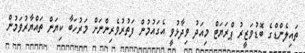
ތައިލެންޑްގެ ބޮޑުވަޒީރު ޕްރަޔަޓް މިއަދު ވިދާޅުވީ އެގައުމުން ފަތުރުވެރިންނަށް މަރުހަބާ ކިޔަން ތައްޔާރުވަމުން